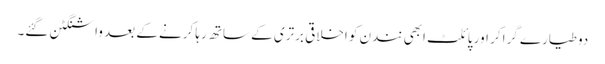
دو طیارے گرا کر اور پائلٹ ابھی نندن کو اخلاقی برتری کے ساتھ رہا کرنے کے بعد واشنگٹن گئے۔